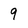
Character: 9